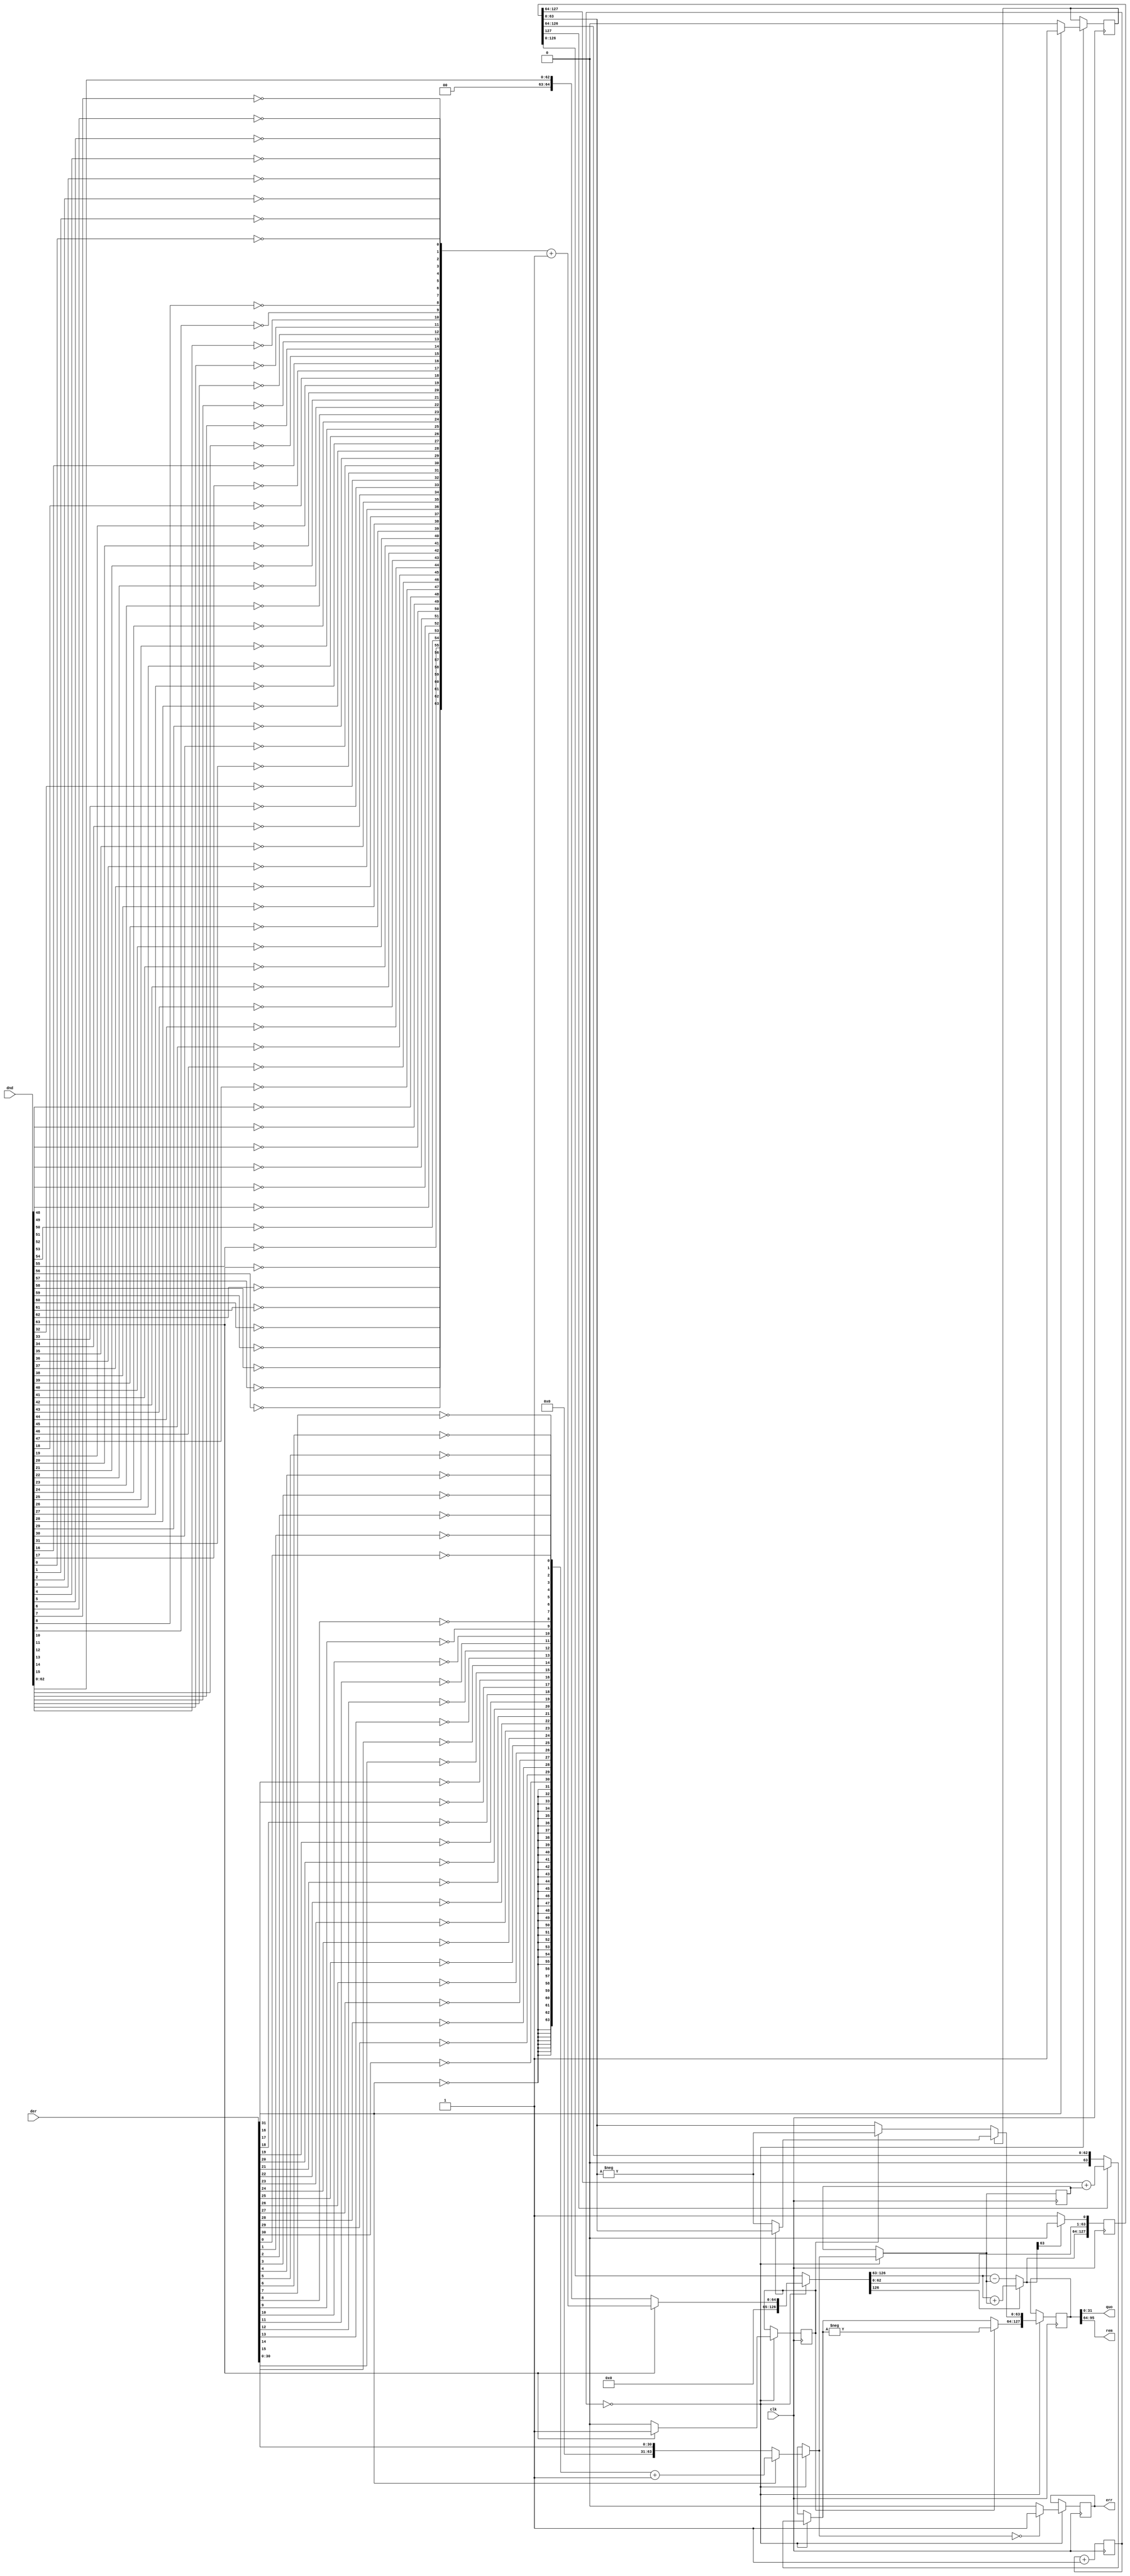
`timescale 1ns / 1ps
//////////////////////////////////////////////////////////////////////////////////
// Company:
// Engineer:
//
// Design Name:
// Module Name:    div_int
// Project Name:
// Target Devices:
// Tool versions:
// Description:
//
// Dependencies:
//
// Revision:
// Revision 0.01 - File Created
// Additional Comments:
//
//////////////////////////////////////////////////////////////////////////////////
module div_int(
	 input clk,
    input [63:0] dnd,
    input [31:0] der,
    output [31:0] quo,
    output [31:0] rem,
    output err
    );

reg [127:0] PA;
reg [127:0] res;
reg [5:0] cnt;
reg [63:0] B = 64'b0;
reg errf;
reg signND, signER;

assign quo = res[31:0];
assign rem = res[95:64];
assign err = errf;

initial begin
	cnt = 6'b0;
	PA = 128'b0;
end

always @(posedge clk) begin
	if (cnt == 0) begin
		if (PA[127] == 1) begin
			PA[127:64] = PA[127:64] + B;
		end
		res = PA;
		if ((PA[63] == 0) && (PA[62:32] != 0)) begin
			errf = 1;
		end

		if (signER == 1) begin
			if (signND == 1) begin
				res[127:64] = -res[127:64];
			end
			else begin
				res[63:0] = -res[63:0];
			end
		end
		else begin
			if (signND == 1) begin
				res[63:0] = -res[63:0];
				res[127:64] = -res[127:64];
			end
			else begin
			end
		end

		//=============================
		B[31:0] = der;
		B[63:32] = {der[31],der[31],der[31],der[31],der[31],der[31],der[31],der[31],der[31],der[31],der[31],der[31],der[31],der[31],der[31],der[31],
								der[31],der[31],der[31],der[31],der[31],der[31],der[31],der[31],der[31],der[31],der[31],der[31],der[31],der[31],der[31],der[31]};
		PA = {64'b0, dnd};

		if (B[63] == 1) begin
			signER = 1;
			B = {~B[63], ~B[62], ~B[61], ~B[60], ~B[59], ~B[58], ~B[57], ~B[56], ~B[55], ~B[54], ~B[53], ~B[52], ~B[51], ~B[50], ~B[49], ~B[48],
					 ~B[47], ~B[46], ~B[45], ~B[44], ~B[43], ~B[42], ~B[41], ~B[40], ~B[39], ~B[38], ~B[37], ~B[36], ~B[35], ~B[34], ~B[33], ~B[32],
					 ~B[31], ~B[30], ~B[29], ~B[28], ~B[27], ~B[26], ~B[25], ~B[24], ~B[23], ~B[22], ~B[21], ~B[20], ~B[19], ~B[18], ~B[17], ~B[16],
					 ~B[15], ~B[14], ~B[13], ~B[12], ~B[11], ~B[10], ~B[9], ~B[8], ~B[7], ~B[6], ~B[5], ~B[4], ~B[3], ~B[2], ~B[1], ~B[0]} + 1;
		end
		else begin
			signER = 0;
		end
		if (PA[63] == 1) begin
			signND = 1;
			PA = {~PA[63], ~PA[62], ~PA[61], ~PA[60], ~PA[59], ~PA[58], ~PA[57], ~PA[56], ~PA[55], ~PA[54], ~PA[53], ~PA[52], ~PA[51], ~PA[50], ~PA[49], ~PA[48],
						~PA[47], ~PA[46], ~PA[45], ~PA[44], ~PA[43], ~PA[42], ~PA[41], ~PA[40], ~PA[39], ~PA[38], ~PA[37], ~PA[36], ~PA[35], ~PA[34], ~PA[33], ~PA[32],
						~PA[31], ~PA[30], ~PA[29], ~PA[28], ~PA[27], ~PA[26], ~PA[25], ~PA[24], ~PA[23], ~PA[22], ~PA[21], ~PA[20], ~PA[19], ~PA[18], ~PA[17], ~PA[16],
						~PA[15], ~PA[14], ~PA[13], ~PA[12], ~PA[11], ~PA[10], ~PA[9], ~PA[8], ~PA[7], ~PA[6], ~PA[5], ~PA[4], ~PA[3], ~PA[2], ~PA[1], ~PA[0]} + 1;
		end
		else begin
			signND = 0;
		end

		errf = 0;
		if (B == 0) begin
			errf = 1;
		end
	end
	PA = PA << 1;
	//----------------------
	if (PA[127] == 1) begin
		PA[127:64] = PA[127:64] + B;
	end
	else begin
		PA[127:64] = PA[127:64] - B;
	end
	//----------------------
	if (PA[127] == 1) begin
		PA[0] = 0;
	end
	else begin
		PA[0] = 1;
	end
	//----------------------
	cnt = cnt + 1;
end
endmodule